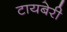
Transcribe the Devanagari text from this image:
टायबेरी